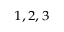
^ { 1 , \, 2 , \, 3 }